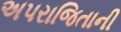
અપરાજિતાની